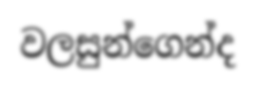
වලසුන්ගෙන්ද